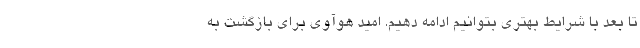
تا بعد با شرایط بهتری بتوانیم ادامه دهیم. امید هوآوی برای بازگشت به